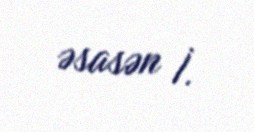
əsasən İ.